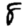
Digit: 8